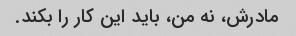
مادرش، نه من، باید این کار را بکند.